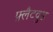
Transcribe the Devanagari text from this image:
फ़्लैटवुड